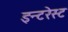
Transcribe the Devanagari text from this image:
इन्टरेस्ट